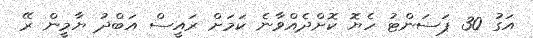
އަގު 30 ޕަސަންޓު ހެޔޮ ކޮށްދެއްވާނެ ކަމަށް ރައީސް އަބްދު ޔާމީން ރޭ